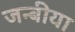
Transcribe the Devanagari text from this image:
जन्बीया